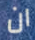
ان